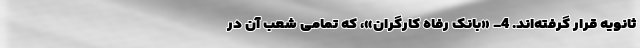
ثانویه قرار گرفته‌اند. 4- «بانک رفاه کارگران»، که تمامی شعب آن در